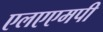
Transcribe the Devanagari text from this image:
एलएएमपी